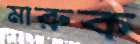
মারুক